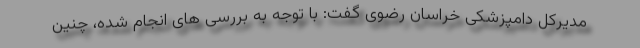
مدیرکل دامپزشکی خراسان رضوی گفت: با توجه به بررسی های انجام شده، چنین